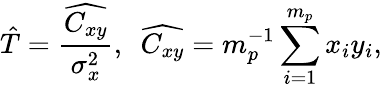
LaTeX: \hat{T}=\frac{\widehat{C_{xy}}}{\sigma_{x}^{2}},~~\widehat{C_{xy}}=m_{p}^{-1}\sum_{i=1}^{m_{p}}x_{i}y_{i},